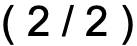
( 2 / 2 )